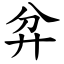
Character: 弅